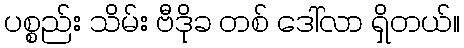
ပစ္စည်း သိမ်း ဗီဒိုခ တစ် ဒေါ်လာ ရှိတယ်။